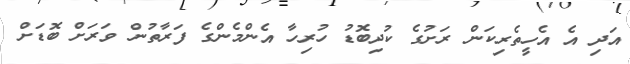
އަދި އެ އެހީތެރިކަން ރަށުގެ ކުދިބޮޑު ހުރިހާ އެންމެންގެ ފަރާތުން ވަރަށް ބޮޑަށް